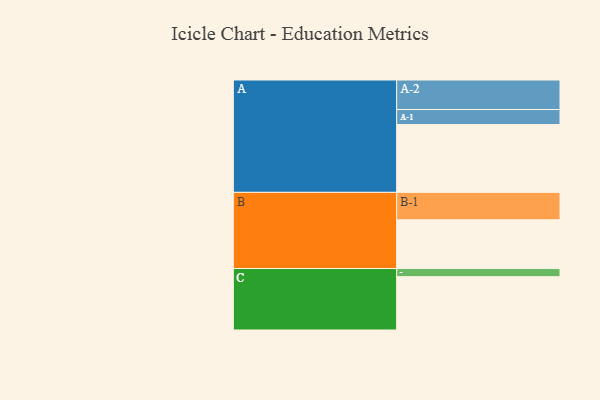
{"axis": {"x": "Segment", "y": "Value"}, "legend": ["", "A", "B", "C"], "data": [{"x": "A", "y": 558, "type": ""}, {"x": "B", "y": 401, "type": ""}, {"x": "C", "y": 439, "type": ""}, {"x": "A-1", "y": 124, "type": "A"}, {"x": "A-2", "y": 243, "type": "A"}, {"x": "B-1", "y": 226, "type": "B"}, {"x": "C-1", "y": 67, "type": "C"}]}